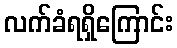
လက်ခံရရှိကြောင်း